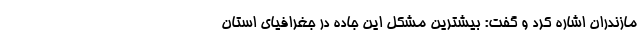
مازندران اشاره کرد و گفت: بیشترین مشکل این جاده در جغرافیای استان